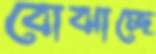
বোঝাচ্ছে